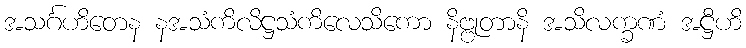
အသင်္ဂဟိတေန နအသံကိလိဋ္ဌသံကိလေသိကော နိဗ္ဗုတာနိ အသိလက္ခဏံ အဋ္ဌီဟိ